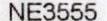
NE3555